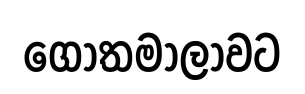
ගෝතමාලාවට